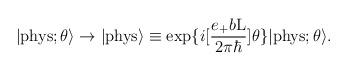
LaTeX: \begin{align*}|{\rm phys}; \theta \rangle \rightarrow|{\rm phys}\rangle \equiv \exp\{i[\frac{e_{+}b{\rm L}}{2{\pi}{\hbar}}] \theta\} |{\rm phys};\theta \rangle.\end{align*}